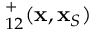
{ \bf \Gamma } _ { 1 2 } ^ { + } ( { \bf x } , { \bf x } _ { S } )